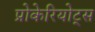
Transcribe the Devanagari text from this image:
प्रोकेरियोट्स